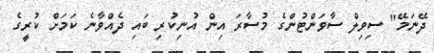
ދޭނަމޭ" ސިވިލް ސާވަންޓުންގެ މުސާރަ އިން އުނިކުރި ބައި ދެއްވާނެ ކަމަށް ކުރީގެ